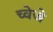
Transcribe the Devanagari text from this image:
च्वेजे